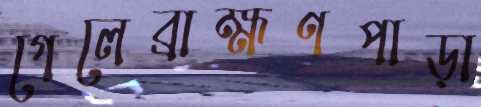
গেলেব্রাহ্মণপাড়া